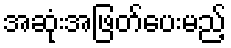
အဆုံးအဖြတ်ပေးမည့်